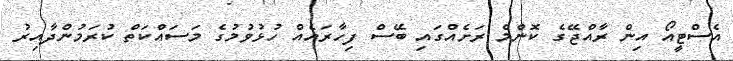
އެސްޓީއޯ އިން ރާއްޖޭގެ ކޮންމެ ރަށެއްގައި ބޭސް ފިހާރައެއް ހުޅުވުމުގެ މަސައްކަތް ކުރަމުންދާއިރު